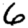
Digit: 6